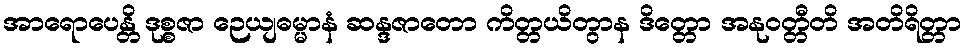
အာရောပေန္တိ ဒုစ္စဇာ ဉေယျဓမ္မာနံ ဆန္ဒဇာတော ကိတ္တယိတွာန ဒိတ္တော အနုဝတ္တီတိ အတိရိတ္တာ